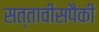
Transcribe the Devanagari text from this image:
सत्तावीसपैकी